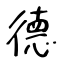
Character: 德